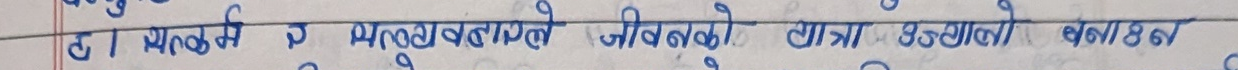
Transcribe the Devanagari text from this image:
प्राकृतिक अव्यवस्थाले जीवनको यात्रा दुष्कर बनाउँछ।